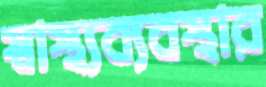
স্বাস্থ্যব্যবস্থার